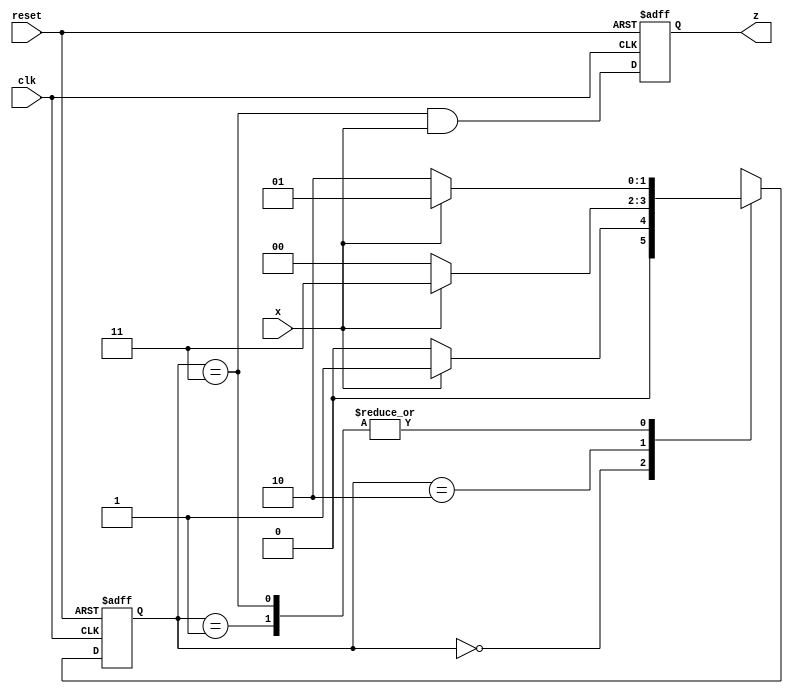
`timescale 1ns / 1ps

 module mealy_machine(
 input x,clk,reset,
 output reg z
 );

 parameter S0 = 0 , S1 = 1 , S2 = 2 , S3 = 3 ;
 reg [1:0] PS,NS ;

 //sequential state register block
 always @ (posedge clk or posedge reset)
   if (reset)
     PS <= S0;  
   else
     PS <= NS;
   
 //sequential output block
 always @ (posedge clk or posedge reset)
   if (reset)
     z <= 1'b0;
   else
     z <= (PS == S3) && x;
 
 //combinational state assignment block  
 always @ (*)
  begin
    case(PS)
        S0 : NS = x ? S1 : S0 ;
        S1 : NS = x ? S1 : S2 ;
        S2 : NS = x ? S3 : S0 ;
        S3 : NS = x ? S1 : S2 ;
    endcase
  $monitor(PS);
  end
  
 endmodule